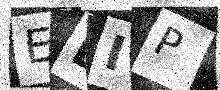
Text: ELIP